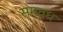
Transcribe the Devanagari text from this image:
सम्वध